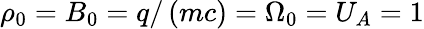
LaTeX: \rho_{0}=B_{0}=q/\left(mc\right)=\Omega_{0}=U_{A}=1